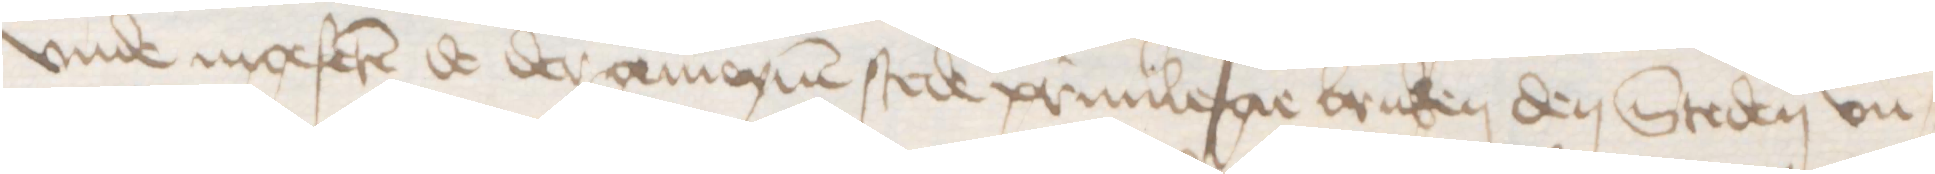
vnde ingeferen de der gemeynen stede priuilegie bruken den Steden vn¬